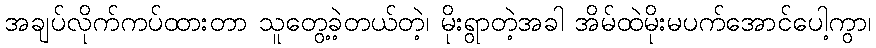
အချပ်လိုက်ကပ်ထားတာ သူတွေ့ခဲ့တယ်တဲ့၊ မိုးရွာတဲ့အခါ အိမ်ထဲမိုးမပက်အောင်ပေါ့ကွာ၊